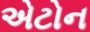
એટોન